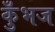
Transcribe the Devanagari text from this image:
कुँभज